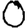
Digit: 0